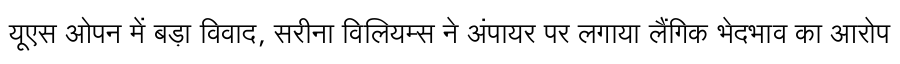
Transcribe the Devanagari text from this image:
यूएस ओपन में बड़ा विवाद, सरीना विलियम्स ने अंपायर पर लगाया लैंगिक भेदभाव का आरोप